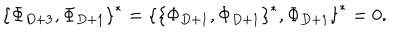
{ \{ \Phi _ { D + 3 } , \Phi _ { D + 1 } \} } ^ { * } = { \{ { \{ \Phi _ { D + 1 } , \Phi _ { D + 1 } \} } ^ { * } , \Phi _ { D + 1 } \} } ^ { * } = 0 .